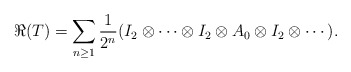
\begin{align*}\Re(T) = \sum_{n\geq 1} \frac{1}{2^n} (I_2 \otimes \cdots \otimes I_2 \otimes A_0 \otimes I_2 \otimes \cdots).\end{align*}